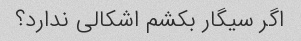
اگر سیگار بکشم اشکالی ندارد؟